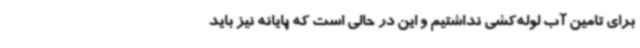
برای تامین آب لوله‌کشی نداشتیم و این در حالی است که پایانه نیز باید